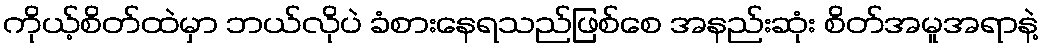
ကိုယ့်စိတ်ထဲမှာ ဘယ်လိုပဲ ခံစားနေရသည်ဖြစ်စေ အနည်းဆုံး စိတ်အမူအရာနဲ့